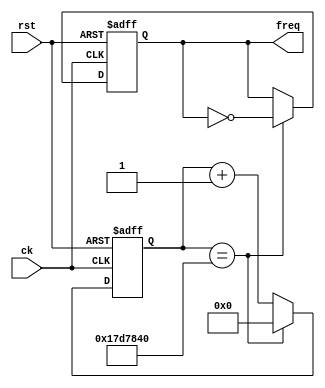
`timescale 1ns / 1ps
//////////////////////////////////////////////////////////////////////////////////
// Company: 
// Engineer: 
// Estudents: Mauricio Salomn----Michael Chaves
// 
// Design Name: 
// Module Name:    div_sec
// Project Name: 
// Target Devices: 
// Tool versions: 
// Description: Divisor de frecuencia del fpga
//
// Dependencies: 
//
// Revision: 
// Revision 0.01 - File Created
// Additional Comments: 
//
//////////////////////////////////////////////////////////////////////////////////


module div_sec (ck, freq,rst);


	input ck;
	input rst;
	output freq;


	reg [24:0] rcont;

	reg  rfreq;

assign freq = rfreq;


	always @(posedge ck, posedge rst)

	begin
	if(rst) begin
		rcont <= 0;
		rfreq <= 0; end
	else
	begin
		rcont <= rcont+1'b1;
		rfreq <= rfreq;
		//if(rcont==25'hfffffff)
		if(rcont==25_000_000)
			begin
				rcont <= 0; 
				rfreq <=~rfreq;
			end
	end
		end



endmodule